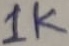
Text: 1K